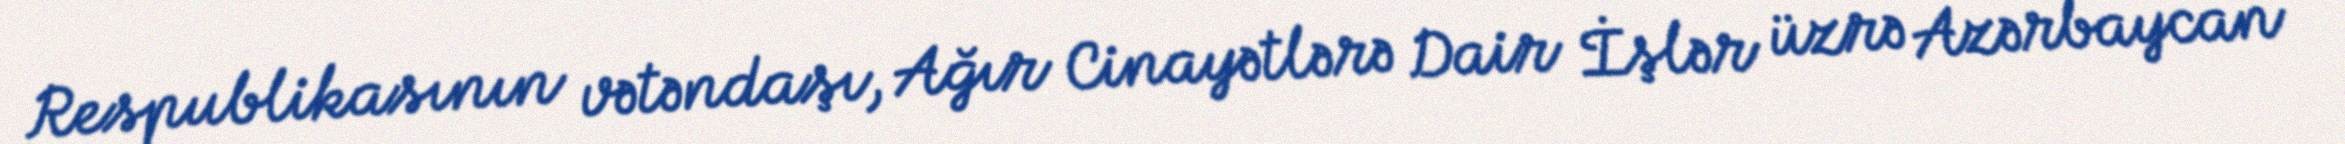
Respublikasının vətəndaşı, Ağır Cinayətlərə Dair İşlər üzrə Azərbaycan